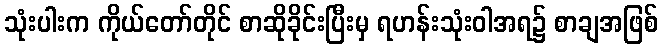
သုံးပါးက ကိုယ်တော်တိုင် စာဆိုခိုင်းပြီးမှ ရဟန်းသုံးဝါအရ၌ စာချအဖြစ်